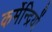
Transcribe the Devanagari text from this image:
कर्मेन्द्रियों